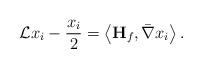
LaTeX: \begin{align*}\mathcal{L}x_i-\dfrac{x_i}{2}=\left<{\bf H}_f, \bar{\nabla} x_i\right>.\end{align*}